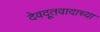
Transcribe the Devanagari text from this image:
देवदूतवादाच्या